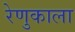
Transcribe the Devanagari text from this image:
रेणुकाला